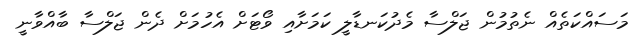
މަސައްކަތެއް ނެތުމުން ޖަލްސާ މެދުކަނޑާލީ ކަމަށާއި ވޯޓަށް އެހުމަށް ދެން ޖަލްސާ ބާއްވާނީ